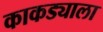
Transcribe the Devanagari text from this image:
काकड्याला